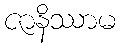
ဇာနိဿာမ